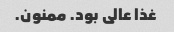
غذا عالی بود. ممنون.